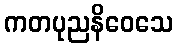
ကတပုညနိဝေသေ